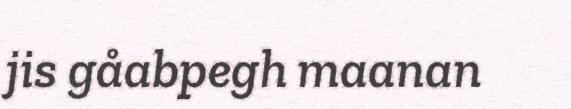
jis gåabpegh maanan